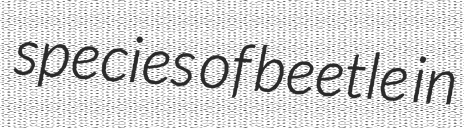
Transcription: species of beetle in